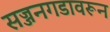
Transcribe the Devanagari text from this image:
सज्जनगडावरून